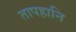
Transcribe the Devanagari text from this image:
तापहानि